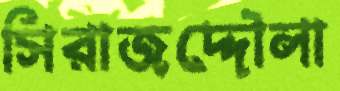
সিরাজদ্দৌলা